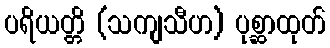
ပရိယတ္တိ (သကျသီဟ) ပုစ္ဆာထုတ်